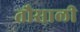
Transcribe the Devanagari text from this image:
तौसाली